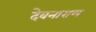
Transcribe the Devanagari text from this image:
देवनाराण